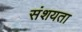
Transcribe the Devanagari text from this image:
संशयता